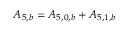
{ A _ { 5 , b } } = { A _ { 5 , 0 , b } } + { A _ { 5 , 1 , b } }